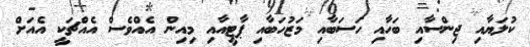
ކުލަޔާއި ޖިންސާއި ބަހާއި ހަސަބާއި މަޒުހަބާއި ޕާޓީއާއި މިއިން އެއްވެސް އެއްޗަކީ އެއަށް